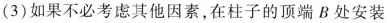
(3)如果不必考虑其他因素，在柱子的顶端B处安装